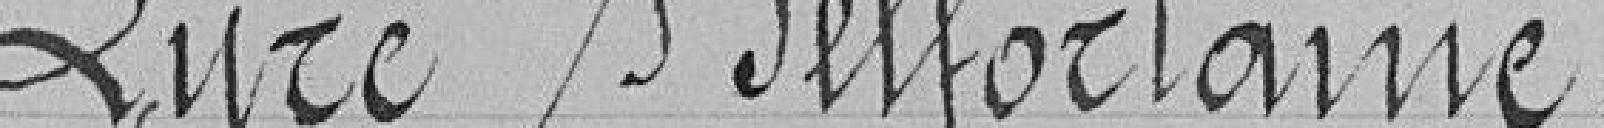
Lyre Belfortaine.